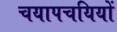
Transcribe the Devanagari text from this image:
चयापचयियों